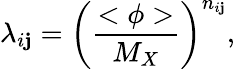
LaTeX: \lambda_{i\mathbf{j}}=\left({\frac{{<\phi>}}{{M_{X}}}}\right)^{n_{i\mathbf{j}}},